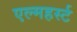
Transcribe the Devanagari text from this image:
एल्महर्स्ट